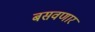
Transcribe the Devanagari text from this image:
बसवणार